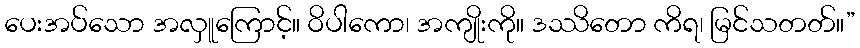
ပေးအပ်သော အလှူကြောင့်။ ဝိပါကော၊ အကျိုးကို။ ဒဿိတော ကိရ၊ မြင်သတတ်။”